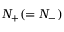
N _ { + } ( = N _ { - } )